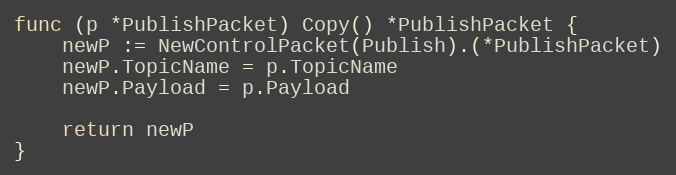
Language: Go
func (p *PublishPacket) Copy() *PublishPacket {
	newP := NewControlPacket(Publish).(*PublishPacket)
	newP.TopicName = p.TopicName
	newP.Payload = p.Payload

	return newP
}